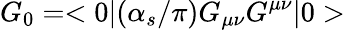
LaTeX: G_{0}=<0|(\alpha_{s}/\pi)G_{\mu\nu}G^{\mu\nu}|0>